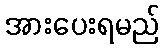
အားပေးရမည်